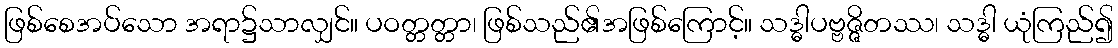
ဖြစ်စေအပ်သော အရာ၌သာလျှင်။ ပဝတ္တတ္တာ၊ ဖြစ်သည်၏အဖြစ်ကြောင့်။ သဒ္ဓါပဗ္ဗဇ္ဇိတဿ၊ သဒ္ဓါ ယုံကြည်၍